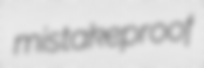
mistakeproof